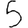
Digit: 5